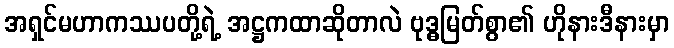
အရှင်မဟာကဿပတို့ရဲ့ အဋ္ဌကထာဆိုတာလဲ ဗုဒ္ဓမြတ်စွာ၏ ဟိုနားဒီနားမှာ